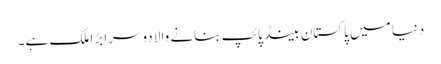
دنیا میں پاکستان بینڈ پائپ بنانے والا دوسرا بڑا ملک ہے۔